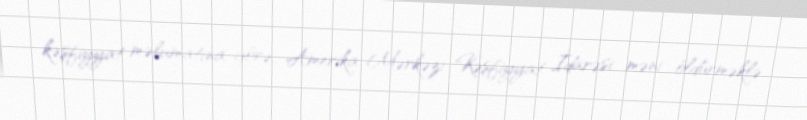
kəşfiyyat məlumatına görə, Amerika Mərkəzi Kəşfiyyat İdarəsi məni öldürməklə